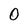
Character: 0